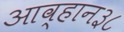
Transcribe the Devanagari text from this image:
आव्हान३८